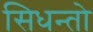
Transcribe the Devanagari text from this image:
सिधन्तो